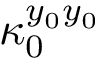
\kappa _ { 0 } ^ { y _ { 0 } y _ { 0 } }